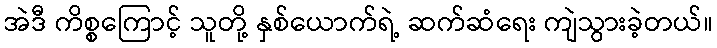
အဲဒီ ကိစ္စကြောင့် သူတို့ နှစ်ယောက်ရဲ့ ဆက်ဆံရေး ကျဲသွားခဲ့တယ်။